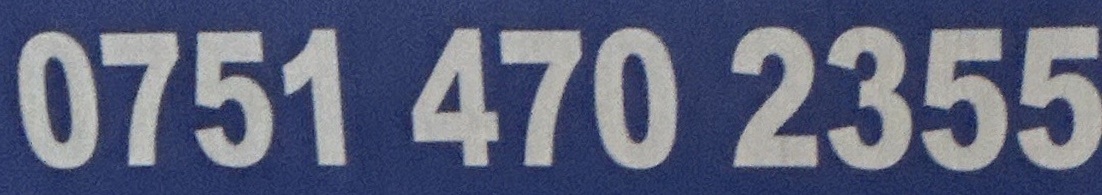
0750 470 2355